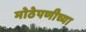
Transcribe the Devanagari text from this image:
मोठेपणीच्या